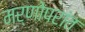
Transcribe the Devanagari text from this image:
मर्णोपरांत